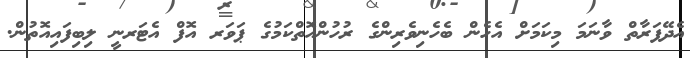
އެދޭފަރާތް ވާނަމަ މިކަމަށް އެހެން ބެހެނިވެރިންގެ ރުހުންއޮތްކަމުގެ ޕަވަރ އޮފް އެޓަރނީ ލިބިފައިއޮތުން.